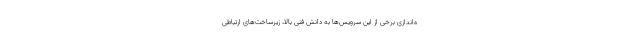
ه‌اندازی برخی از این سرویس‌ها به دانش فنی بالا، زیرساخت‌های ارتباطی